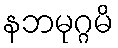
နဘမုဂ္ဂမိ